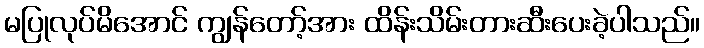
မပြုလုပ်မိအောင် ကျွန်တော့်အား ထိန်းသိမ်းတားဆီးပေးခဲ့ပါသည်။